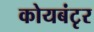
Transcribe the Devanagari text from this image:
कोयबंटृर